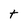
Character: t